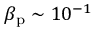
\beta _ { \mathrm { p } } \sim 1 0 ^ { - 1 }